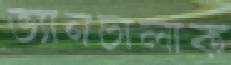
ভ্যানচালাক